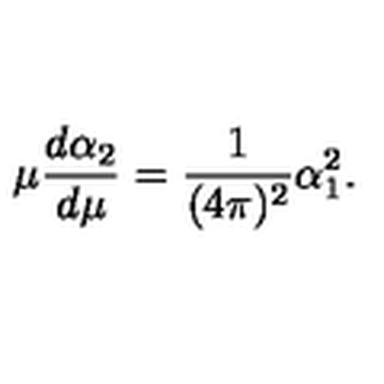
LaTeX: \mu { \frac { d \alpha _ { 2 } } { d \mu } } = { \frac { 1 } { ( 4 \pi ) ^ { 2 } } } \alpha _ { 1 } ^ { 2 } .